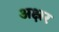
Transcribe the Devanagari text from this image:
अक्ष्रर